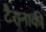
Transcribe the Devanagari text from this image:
टैरानाकी